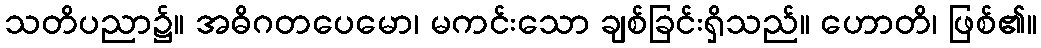
သတိပညာ၌။ အဓိဂတပေမော၊ မကင်းသော ချစ်ခြင်းရှိသည်။ ဟောတိ၊ ဖြစ်၏။